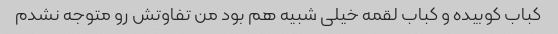
کباب کوبیده و کباب لقمه خیلی شبیه هم بود من تفاوتش رو متوجه نشدم